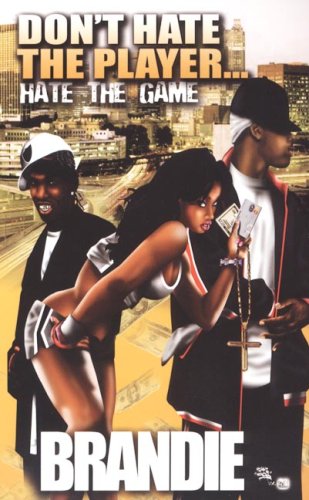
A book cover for Don't Hate The Player; Brandie; Romance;